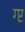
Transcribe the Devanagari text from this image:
ग्प्ट